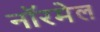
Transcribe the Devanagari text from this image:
नॉरमेल